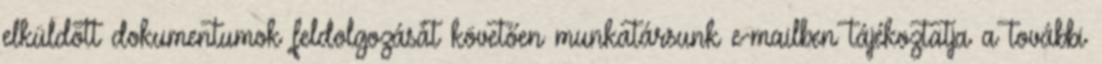
elküldött dokumentumok feldolgozását követően munkatársunk e-mailben tájékoztatja a további